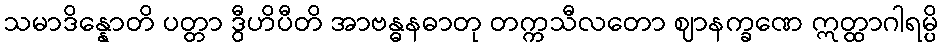
သမာဒိန္နောတိ ပတ္တာ ဒွီဟိပီတိ အာဗန္ဓနဓာတု တက္ကသီလတော ဈာနက္ခဏေ ဣတ္ထာဂါရမ္ပိ